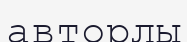
авторлы